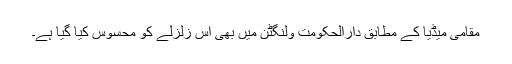
مقامی میڈیا کے مطابق دارالحکومت ولنگٹن میں بھی اس زلزلے کو محسوس کیا گیا ہے۔